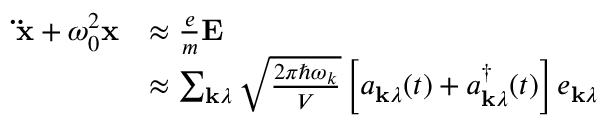
{ \begin{array} { r l } { \mathbf { \ddot { x } } + \omega _ { 0 } ^ { 2 } \mathbf { x } } & { \approx { \frac { e } { m } } \mathbf { E } } \\ & { \approx \sum _ { \mathbf { k } \lambda } { \sqrt { \frac { 2 \pi \hbar \omega _ { k } } { V } } } \left[ a _ { \mathbf { k } \lambda } ( t ) + a _ { \mathbf { k } \lambda } ^ { \dagger } ( t ) \right] e _ { \mathbf { k } \lambda } } \end{array} }